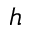
h